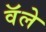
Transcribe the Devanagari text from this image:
वॅले